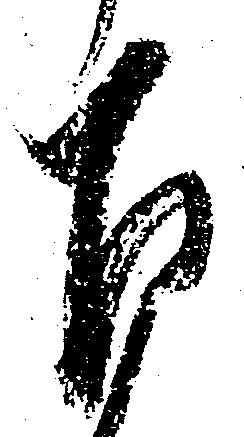
下